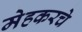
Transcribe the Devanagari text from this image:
मेहकरचे